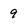
Character: 9